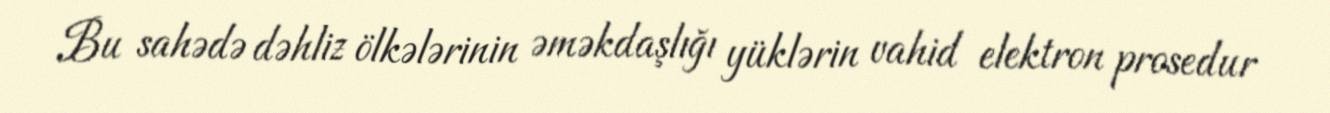
Bu sahədə dəhliz ölkələrinin əməkdaşlığı yüklərin vahid elektron prosedur